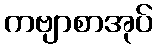
ကဗျာစာအုပ်